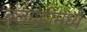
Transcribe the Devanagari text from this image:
बलगंडीमध्ये